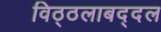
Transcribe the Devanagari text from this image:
विठ्ठलाबद्दल